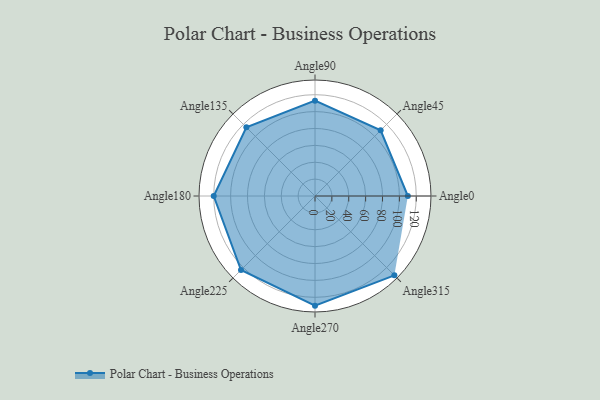
{"axis": {"x": "Angle", "y": "Radius"}, "legend": [""], "data": [{"x": "Angle0", "y": 110.0, "type": ""}, {"x": "Angle45", "y": 110.0, "type": ""}, {"x": "Angle90", "y": 113.0, "type": ""}, {"x": "Angle135", "y": 115.0, "type": ""}, {"x": "Angle180", "y": 120.0, "type": ""}, {"x": "Angle225", "y": 124.0, "type": ""}, {"x": "Angle270", "y": 130.0, "type": ""}, {"x": "Angle315", "y": 133.0, "type": ""}]}